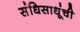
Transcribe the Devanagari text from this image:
संधिसाधूंची